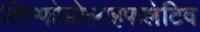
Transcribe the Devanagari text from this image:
लिम्फोप्रोलाइफलेटिव